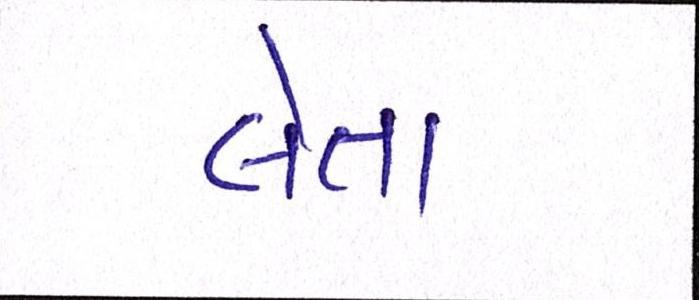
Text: લેતા